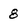
Character: 8